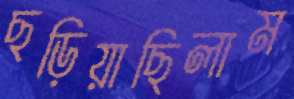
ছড়িয়াছিলাম